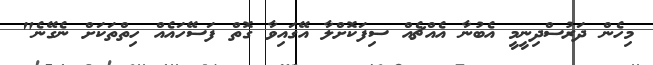
މިހެން ދަރުސްދިނީމީ އެބުނާ އެއްޗެއް ސިފަކޮށްލާ އޭގައިވާ ގޮތް ފަސޭހައެއް ހިތްތަކަށް ނެގޭނެ"